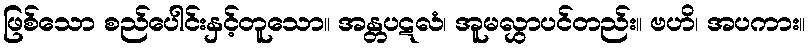
ဖြစ်သော စည်ပေါင်းနှင့်တူသော။ အန္တပဋလံ၊ အူမလွှာပင်တည်း။ ဗဟိ၊ အပကား။